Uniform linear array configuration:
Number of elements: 24
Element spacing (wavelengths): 0.75
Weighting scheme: hamming
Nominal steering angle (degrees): -45
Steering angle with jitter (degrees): -44.713
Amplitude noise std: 0.05
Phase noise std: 0.05

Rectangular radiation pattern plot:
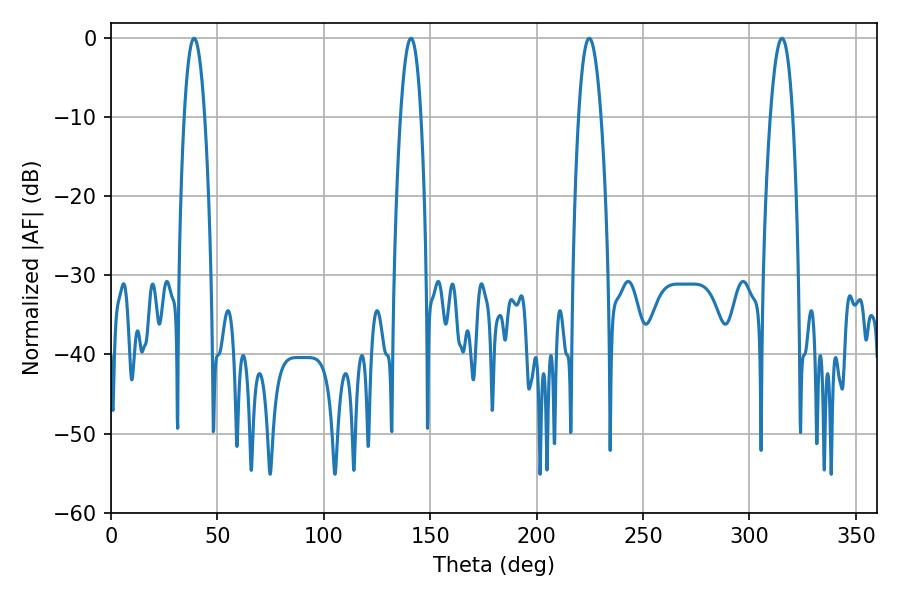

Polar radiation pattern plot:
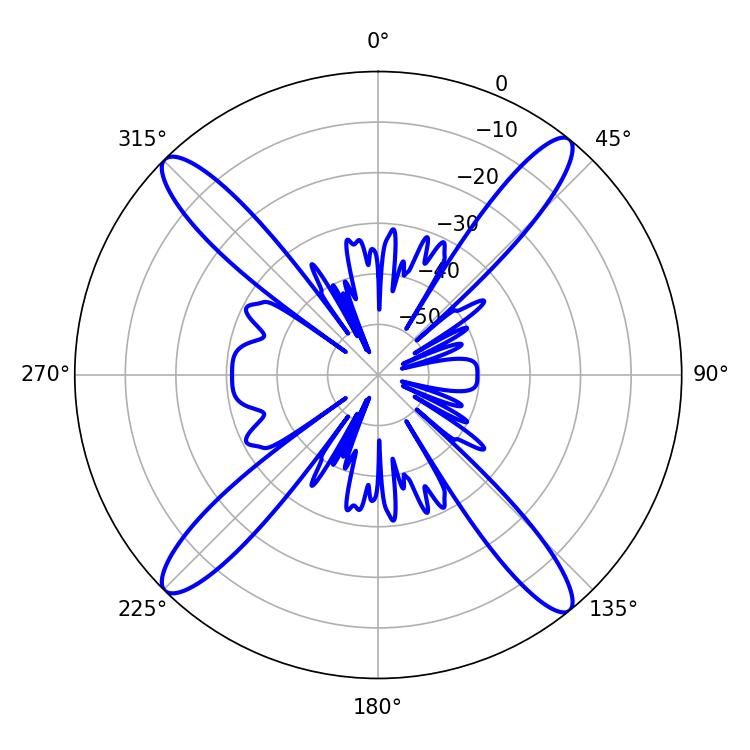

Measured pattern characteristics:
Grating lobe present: TRUE
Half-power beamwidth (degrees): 5.4
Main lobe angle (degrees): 39.06